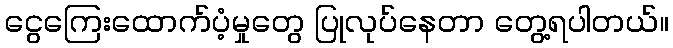
ငွေကြေးထောက်ပံ့မှုတွေ ပြုလုပ်နေတာ တွေ့ရပါတယ်။